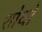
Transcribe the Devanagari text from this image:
शोधो